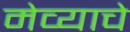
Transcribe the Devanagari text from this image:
मेव्याचे